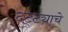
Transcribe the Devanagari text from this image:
दट्ट्याचे